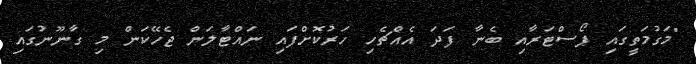
"މަގުމަތީގައި ޕޯސްޓަރާއި ބެނާ ފަދަ އެއްޗެހި ހަރުކޮށްފައި ނައްޓާލަން ޖެހޭކަން މި ގާނޫނުގައި